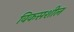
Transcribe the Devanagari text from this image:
विकसशील